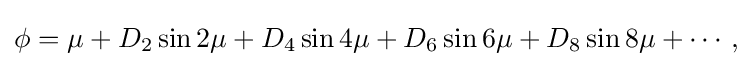
{\begin{aligned}\phi &=\mu +D_{2}\sin 2\mu +D_{4}\sin 4\mu +D_{6}\sin 6\mu +D_{8}\sin 8\mu +\cdots ,\\\end{aligned}}